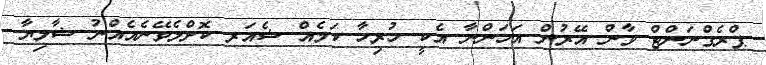
ޕްރެގްނަންޓް ވާން އޭރުން އަހަންނާ އެކީ ހުރިހާ ކަމެއް ޝެއަރ ކޮށްލެވޭނެއެއްނު ޝާލިޔާ